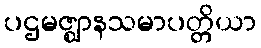
ပဌမဇ္ဈာနသမာပတ္တိယာ